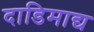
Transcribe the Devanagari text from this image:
दाडिमाद्य